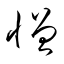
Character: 憎